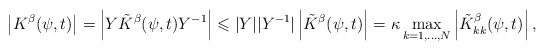
\begin{align*} \left|K^{\beta}(\psi,t)\right|=\left|Y\tilde{K}^{\beta}(\psi,t)Y^{-1}\right|\leqslant |Y||Y^{-1}|\left|\tilde{K}^{\beta}(\psi,t)\right| =\kappa\max_{k=1,\ldots,N}\left|\tilde{K}^{\beta}_{kk}(\psi,t)\right|, \end{align*}